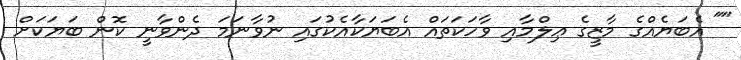
"" އެބަޔެއްގެ މާޒީގެ ޢިލްމާއި ވާހަކަތައް އެބަޔަކާއެކުގައި ނުވާނަމަ ދެންވާނީ ކޮން ބަޔަކަށް